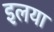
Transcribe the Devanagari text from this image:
इलया